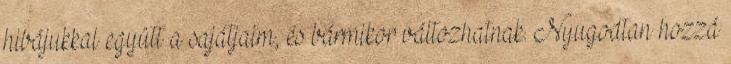
hibájukkal együtt a sajátjaim, és bármikor változhatnak. Nyugodtan hozzá